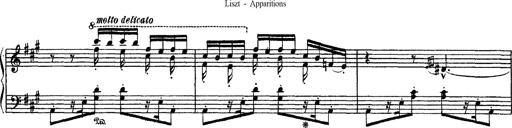
Title: Apparitions
Composer: Franz Liszt